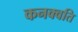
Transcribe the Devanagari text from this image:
कनक्वति